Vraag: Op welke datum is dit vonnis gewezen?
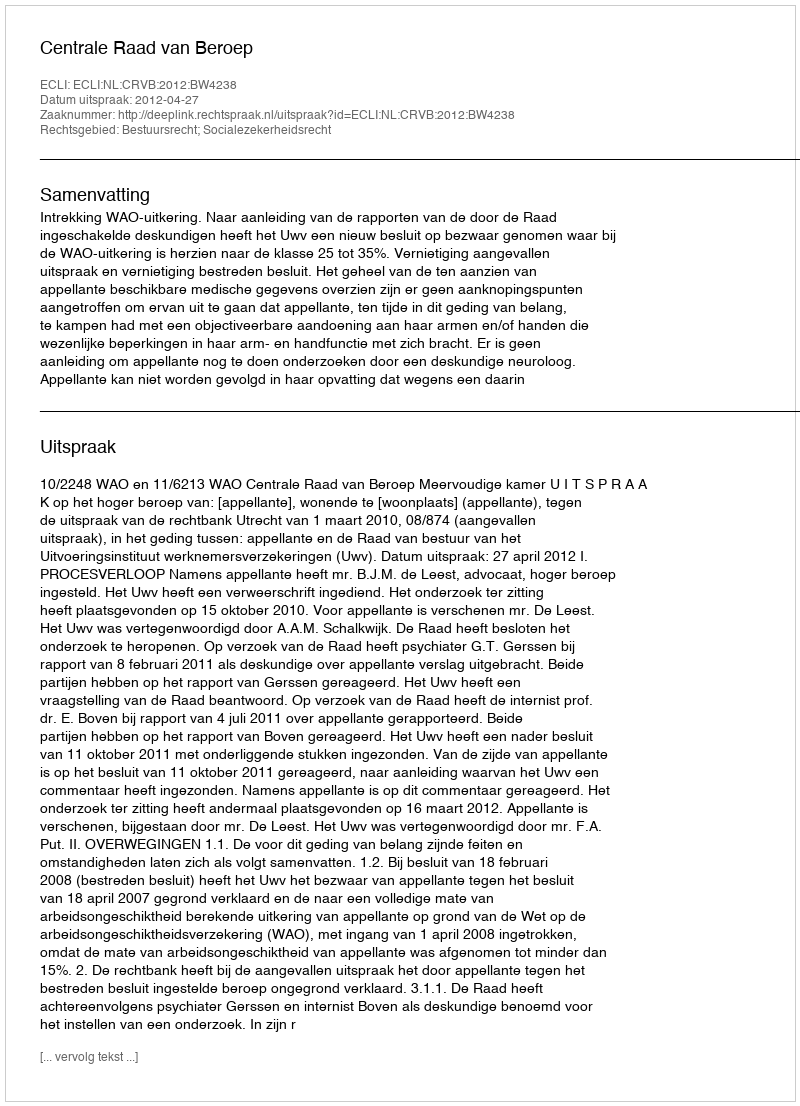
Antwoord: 2012-04-27